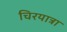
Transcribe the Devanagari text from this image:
चिरयात्रा